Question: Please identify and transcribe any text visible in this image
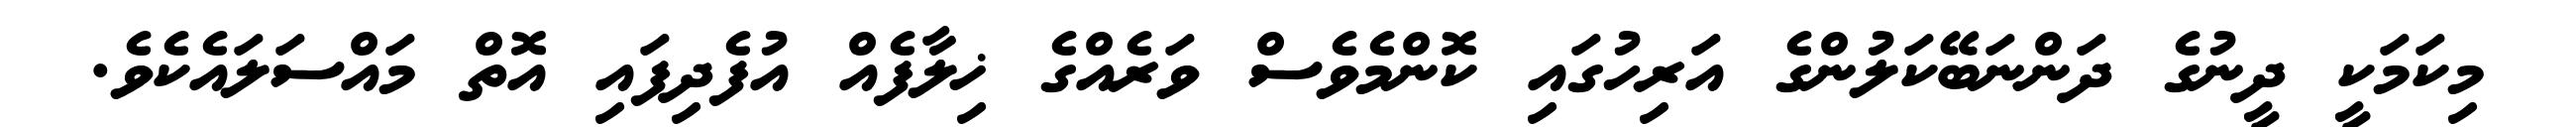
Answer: މިކަމަކީ ދީނުގެ ދަންނަބޭކަލުންގެ އަރިހުގައި ކޮންމެވެސް ވަރެއްގެ ޚިލާފެއް އުފެދިފައި އޮތް މައްސަލައެކެވެ.